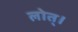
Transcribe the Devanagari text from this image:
लोत्।